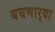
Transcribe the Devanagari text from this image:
बघणार्‍या